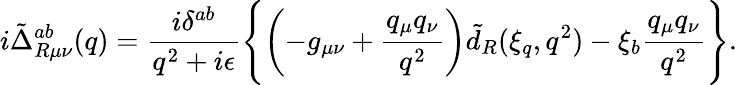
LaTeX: i\tilde{\Delta}_{R\mu\nu}^{ab}(q)=\frac{i\delta^{ab}}{q^{2}+i\epsilon}\Biggl\{ \biggl(-g_{\mu\nu}+\frac{q_{\mu}q_{\nu}}{q^{2}}\biggr)\tilde{d}_{R}(\xi_{q},q^{2})-\xi_{b}\frac{q_{\mu}q_{\nu}}{q^{2}}\Biggr\} .